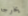
يخرجه